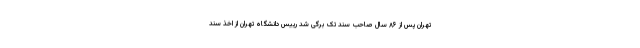
تهران پس از ۸۶ سال صاحب سند تک برگی شد رییس دانشگاه تهران از اخذ سند